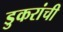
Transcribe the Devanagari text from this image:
डुकरांची